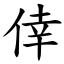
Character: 倖